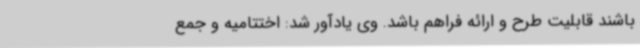
باشند قابلیت طرح و ارائه فراهم باشد. وی یادآور شد: اختتامیه و جمع